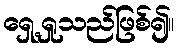
ရှေ့ရှုသည်ဖြစ်၍။